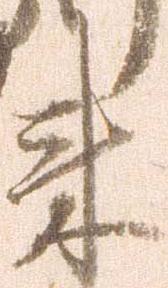
来